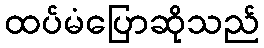
ထပ်မံပြောဆိုသည်